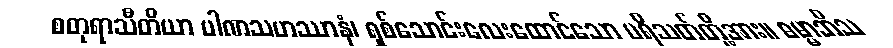
စတုရာသီတိယာ ပါဏသဟဿာနံ၊ ရှစ်သောင်းလေးထောင်သော ပရိသတ်တို့အား။ ဓမ္မာဘိသ